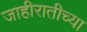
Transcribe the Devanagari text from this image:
जाहीरातीच्या